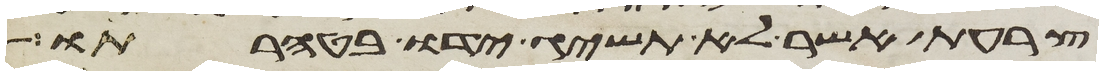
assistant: צרעת אשר לא תשיג ידו בטהרתו